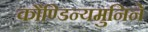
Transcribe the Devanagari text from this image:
कौण्डिन्यमुनिने